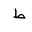
Letter: _da